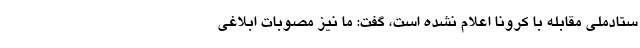
ستادملی مقابله با کرونا اعلام نشده است، گفت: ما نیز مصوبات ابلاغی